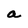
Character: a